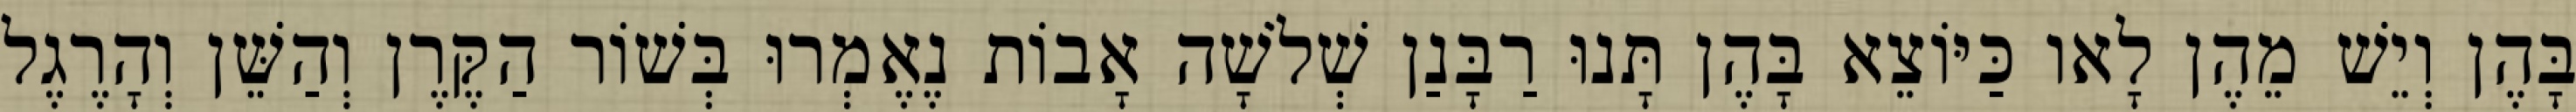
בָּהֶן וְיֵשׁ מֵהֶן לָאו כַּיּוֹצֵא בָּהֶן תָּנוּ רַבָּנַן שְׁלֹשָׁה אָבוֹת נֶאֶמְרוּ בְּשׁוֹר הַקֶּרֶן וְהַשֵּׁן וְהָרֶגֶל